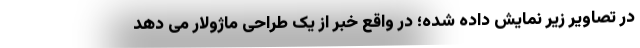
در تصاویر زیر نمایش داده شده؛ در واقع خبر از یک طراحی ماژولار می دهد